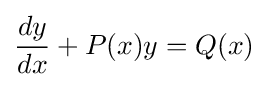
{\frac {dy}{dx}}+P(x)y=Q(x)